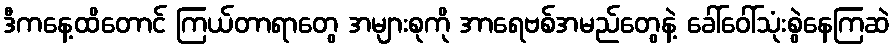
ဒီကနေ့ထိတောင် ကြယ်တာရာတွေ အများစုကို အာရေဗစ်အမည်တွေနဲ့ ခေါ်ဝေါ်သုံးစွဲနေကြဆဲ